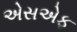
એસએફ